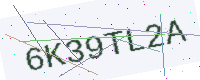
Text: 6K39TL2A